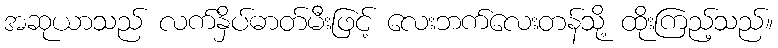
အဆုယာသည် လက်နှိပ်ဓာတ်မီးဖြင့် လေးဘက်လေးတန်သို့ ထိုးကြည့်သည်။